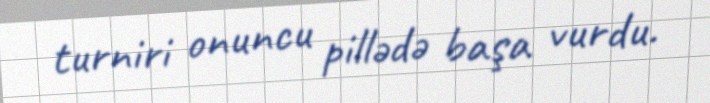
turniri onuncu pillədə başa vurdu.